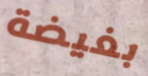
بغيضة